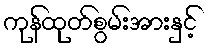
ကုန်ထုတ်စွမ်းအားနှင့်